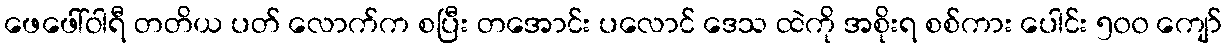
ဖေဖေါ်ဝါရီ တတိယ ပတ် လောက်က စပြီး တအောင်း ပလောင် ဒေသ ထဲကို အစိုးရ စစ်ကား ပေါင်း ၅၀၀ ကျော်